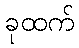
ခုထက်